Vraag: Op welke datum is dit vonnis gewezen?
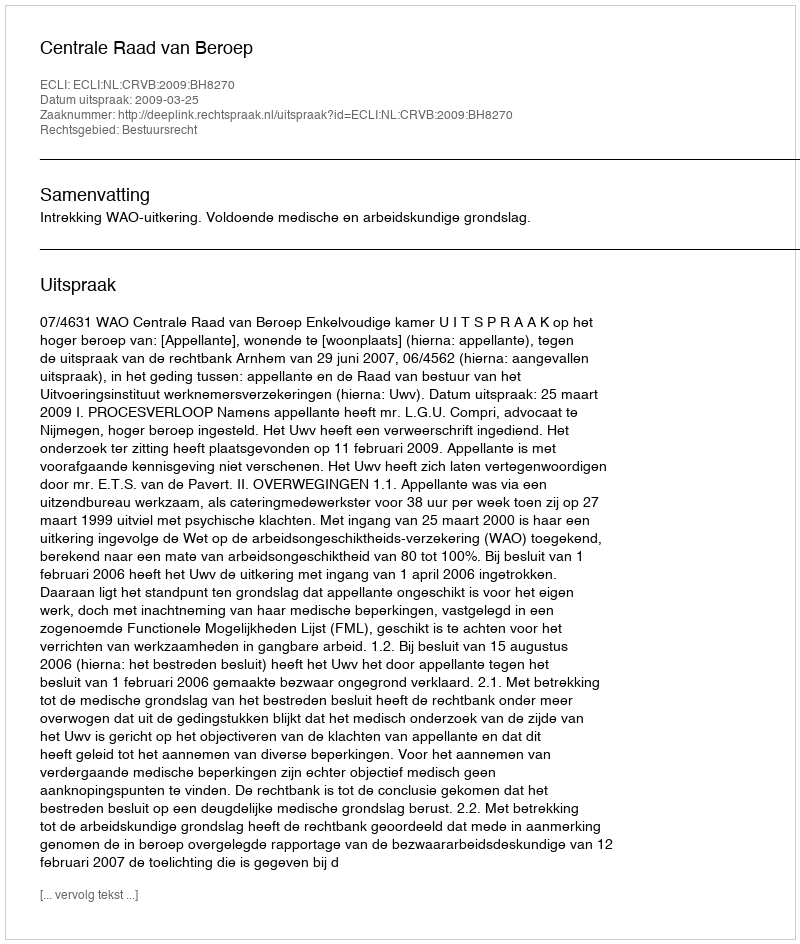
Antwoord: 2009-03-25